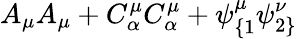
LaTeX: A_{\mu}A_{\mu}+C_{\alpha}^{\mu}C_{\alpha}^{\mu}+\psi_{\{ 1}^{\mu}\psi_{2\} }^{\nu}